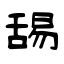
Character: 舓